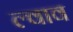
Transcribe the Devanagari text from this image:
ल्वाव